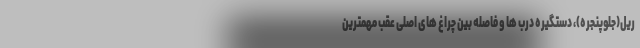
ریل(جلوپنجره)، دستگیره درب ها و فاصله بین چراغ های اصلی عقب مهمترین